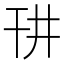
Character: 𪪁